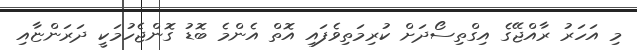
މި އަހަރު ރާއްޖޭގެ އިގްތިސޯދަށް ކުރިމަތިވެފައި އޮތް އެންމެ ބޮޑު ގޮންޖެހުމަކީ ދަރަންޏާއި